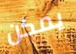
يمكن